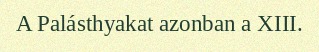
A Palásthyakat azonban a XIII.